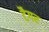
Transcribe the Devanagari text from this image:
टैगर